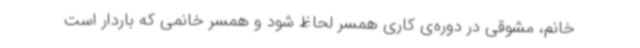
خانم، مشوقی در دوره‌ی کاری همسر لحاظ شود و همسر خانمی که باردار است